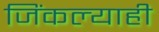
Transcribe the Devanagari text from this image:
जिंकल्याही